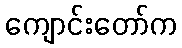
ကျောင်းတော်က